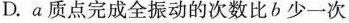
D.a质点完成全振动的次数比b少一次